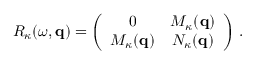
{ \cal R } _ { \kappa } ( \omega , { \bf q } ) = \left( \begin{array} { c c } { 0 } & { { \cal M } _ { \kappa } ( { \bf q } ) } \\ { { \cal M } _ { \kappa } ( { \bf q } ) } & { { \cal N } _ { \kappa } ( { \bf q } ) } \end{array} \right) \, .